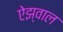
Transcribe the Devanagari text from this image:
ऐझ्वाल